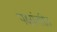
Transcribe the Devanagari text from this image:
पक्षांतरित